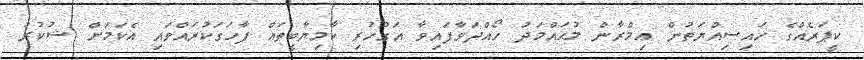
ކީޕަރެއްގެ ހައިސިއްޔަތުން ޢިމްރާން މުޙައްމަދު ހޯއްދަވާފައިވާ އަގުހުރި ކާމިޔާބީތައް ފާހަގަކުރައްވައި އެކަމަށް ޝުކުރު